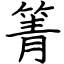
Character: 箐